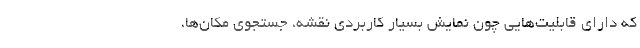
که دارای قابلیت‌هایی چون نمایش بسیار کاربردی نقشه، جستجوی مکان‌ها،